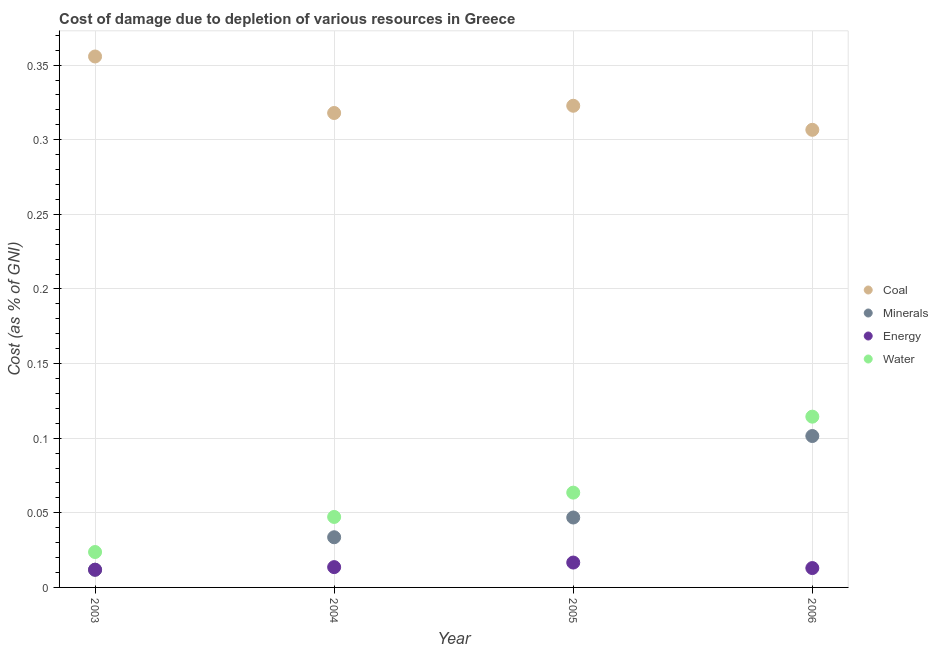
| Year | Coal | Minerals | Energy | Water |
 | --- | --- | --- | --- | --- |
 | 2003 | 0.356 | 0.0119 | 0.0119 | 0.0237 |
 | 2004 | 0.318 | 0.0336 | 0.0136 | 0.0472 |
 | 2005 | 0.323 | 0.0469 | 0.0167 | 0.0635 |
 | 2006 | 0.307 | 0.101 | 0.013 | 0.114 |